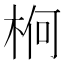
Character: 𣒍